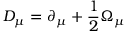
D _ { \mu } = \partial _ { \mu } + { \frac { 1 } { 2 } } \Omega _ { \mu }